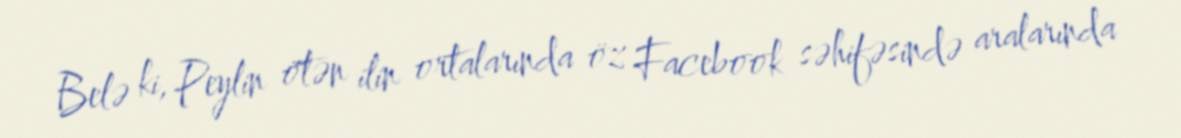
Belə ki, Peylin ötən ilin ortalarında öz Facebook səhifəsində aralarında